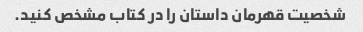
شخصیت قهرمان داستان را در کتاب مشخص کنید.